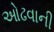
ઓઢવાની